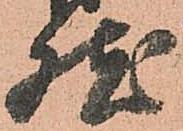
然